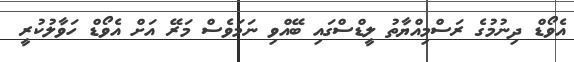
އެވޯޑް ދިނުމުގެ ރަސްމިއްޔާތު ލީޑްސްގައި ބޭއްވި ނަމަވެސް މަރޭ އަށް އެވޯޑް ހަވާލުކުރީ